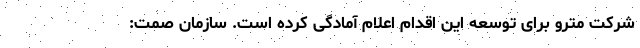
شرکت مترو برای توسعه این اقدام اعلام آمادگی کرده است. سازمان صمت: